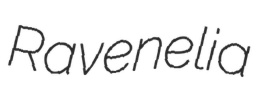
Ravenelia